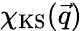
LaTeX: \chi_{\mathrm{KS}}(\vec{q})